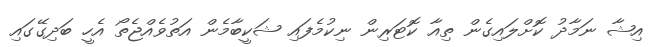
އިޝާ ނަމާދު ކޮށްލައިގެން ތިއާ ކޮޓަރިން ނިކުމެފައި ޝަކީބާމެން އަތުވެއްޖެތޯ އެހީ ބަދިގޭގައި